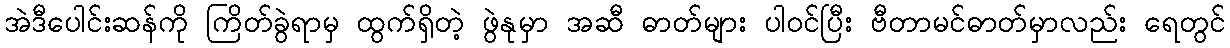
အဲဒီပေါင်းဆန်ကို ကြိတ်ခွဲရာမှ ထွက်ရှိတဲ့ ဖွဲနုမှာ အဆီ ဓာတ်များ ပါဝင်ပြီး ဗီတာမင်ဓာတ်မှာလည်း ရေတွင်